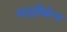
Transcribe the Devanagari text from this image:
धातुदौर्बल्य